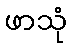
ဖာသုံ